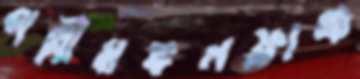
পল্লীমঙ্গলফ্রাঞ্চ